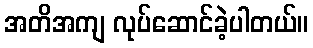
အတိအကျ လုပ်ဆောင်ခဲ့ပါတယ်။